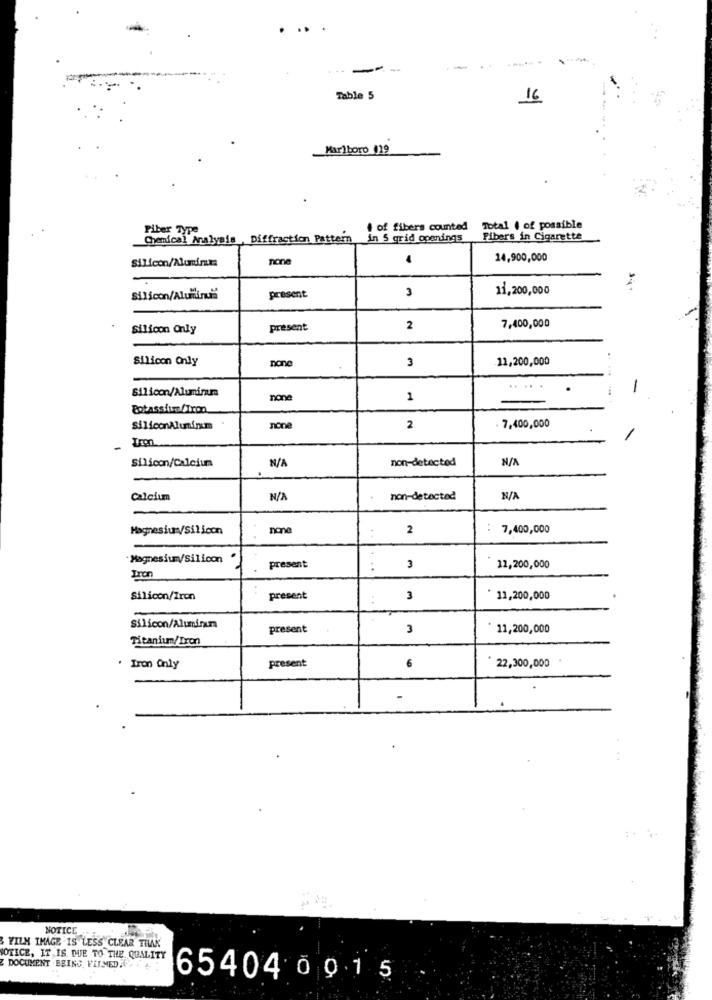
..
- -
Table 5
16
Marlboro 119
Piber Type
4 of fibers counted
Total ( of possible
Chemical Analysis, Diffraction Pattern in 5 grid openings
Fibers in Cigarette
Silicon/Aluminum:
none
14,900,000
3
11,200,000
Silicon/Alulfinut
present
Silicon Only
present
2
7,400,000
Silicon Only
3
11,200,000
none
Silicon/Aluminum
.....
-
none
1
Potassium/Tron
7,400,000
SiliconAluminum
non
2
Um
Silicon/Calcium
non-detected
Calcium
non-detected
MagnesiumySilicon
none
2
7,400,000
..
Magnesium/Silicon
present
:
3
11,200,000
Iron
Silicon/Iren
present
3
11,200,000
Silicon/Aluminum
present
3
11,200,000
Titanium/Iron
present
22,300,000
· Iron Only
6
-
NOTICE
FILM IMAGE IS LESS CLEAR TILAK
NOTICE, IT IS DUE TO THE QUALITY
DOCUMENT BEING. VILMED. . .
65404 0 01 5